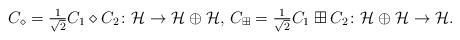
LaTeX: \begin{align*} C_\diamond=\tfrac{1}{\sqrt{2}}C_{1}\diamond C_2 \colon \mathcal{H}\to \mathcal{H}\oplus \mathcal{H}, \, C_\boxplus=\tfrac{1}{\sqrt{2}} C_1\boxplus C_2 \colon \mathcal{H}\oplus \mathcal{H}\to \mathcal{H}.\end{align*}